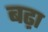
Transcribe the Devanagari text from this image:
बढ़़ा